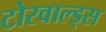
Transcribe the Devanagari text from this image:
टोरवाल्ड्स